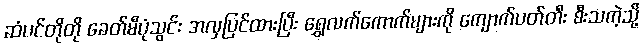
ဆံပင်တိုတို ခေတ်မီပုံသွင်း အလှပြင်ထားပြီး ရွှေလက်ကောက်များကို ကျောက်ပတ်တီး စီးသကဲ့သို့